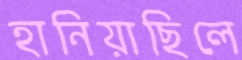
হানিয়াছিলে